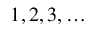
1 , 2 , 3 , \ldots